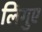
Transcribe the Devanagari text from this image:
लिंगुए